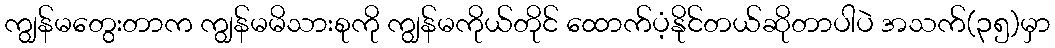
ကျွန်မတွေးတာက ကျွန်မမိသားစုကို ကျွန်မကိုယ်တိုင် ထောက်ပံ့နိုင်တယ်ဆိုတာပါပဲ အသက်(၃၅)မှာ